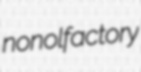
nonolfactory